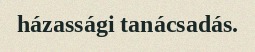
házassági tanácsadás.